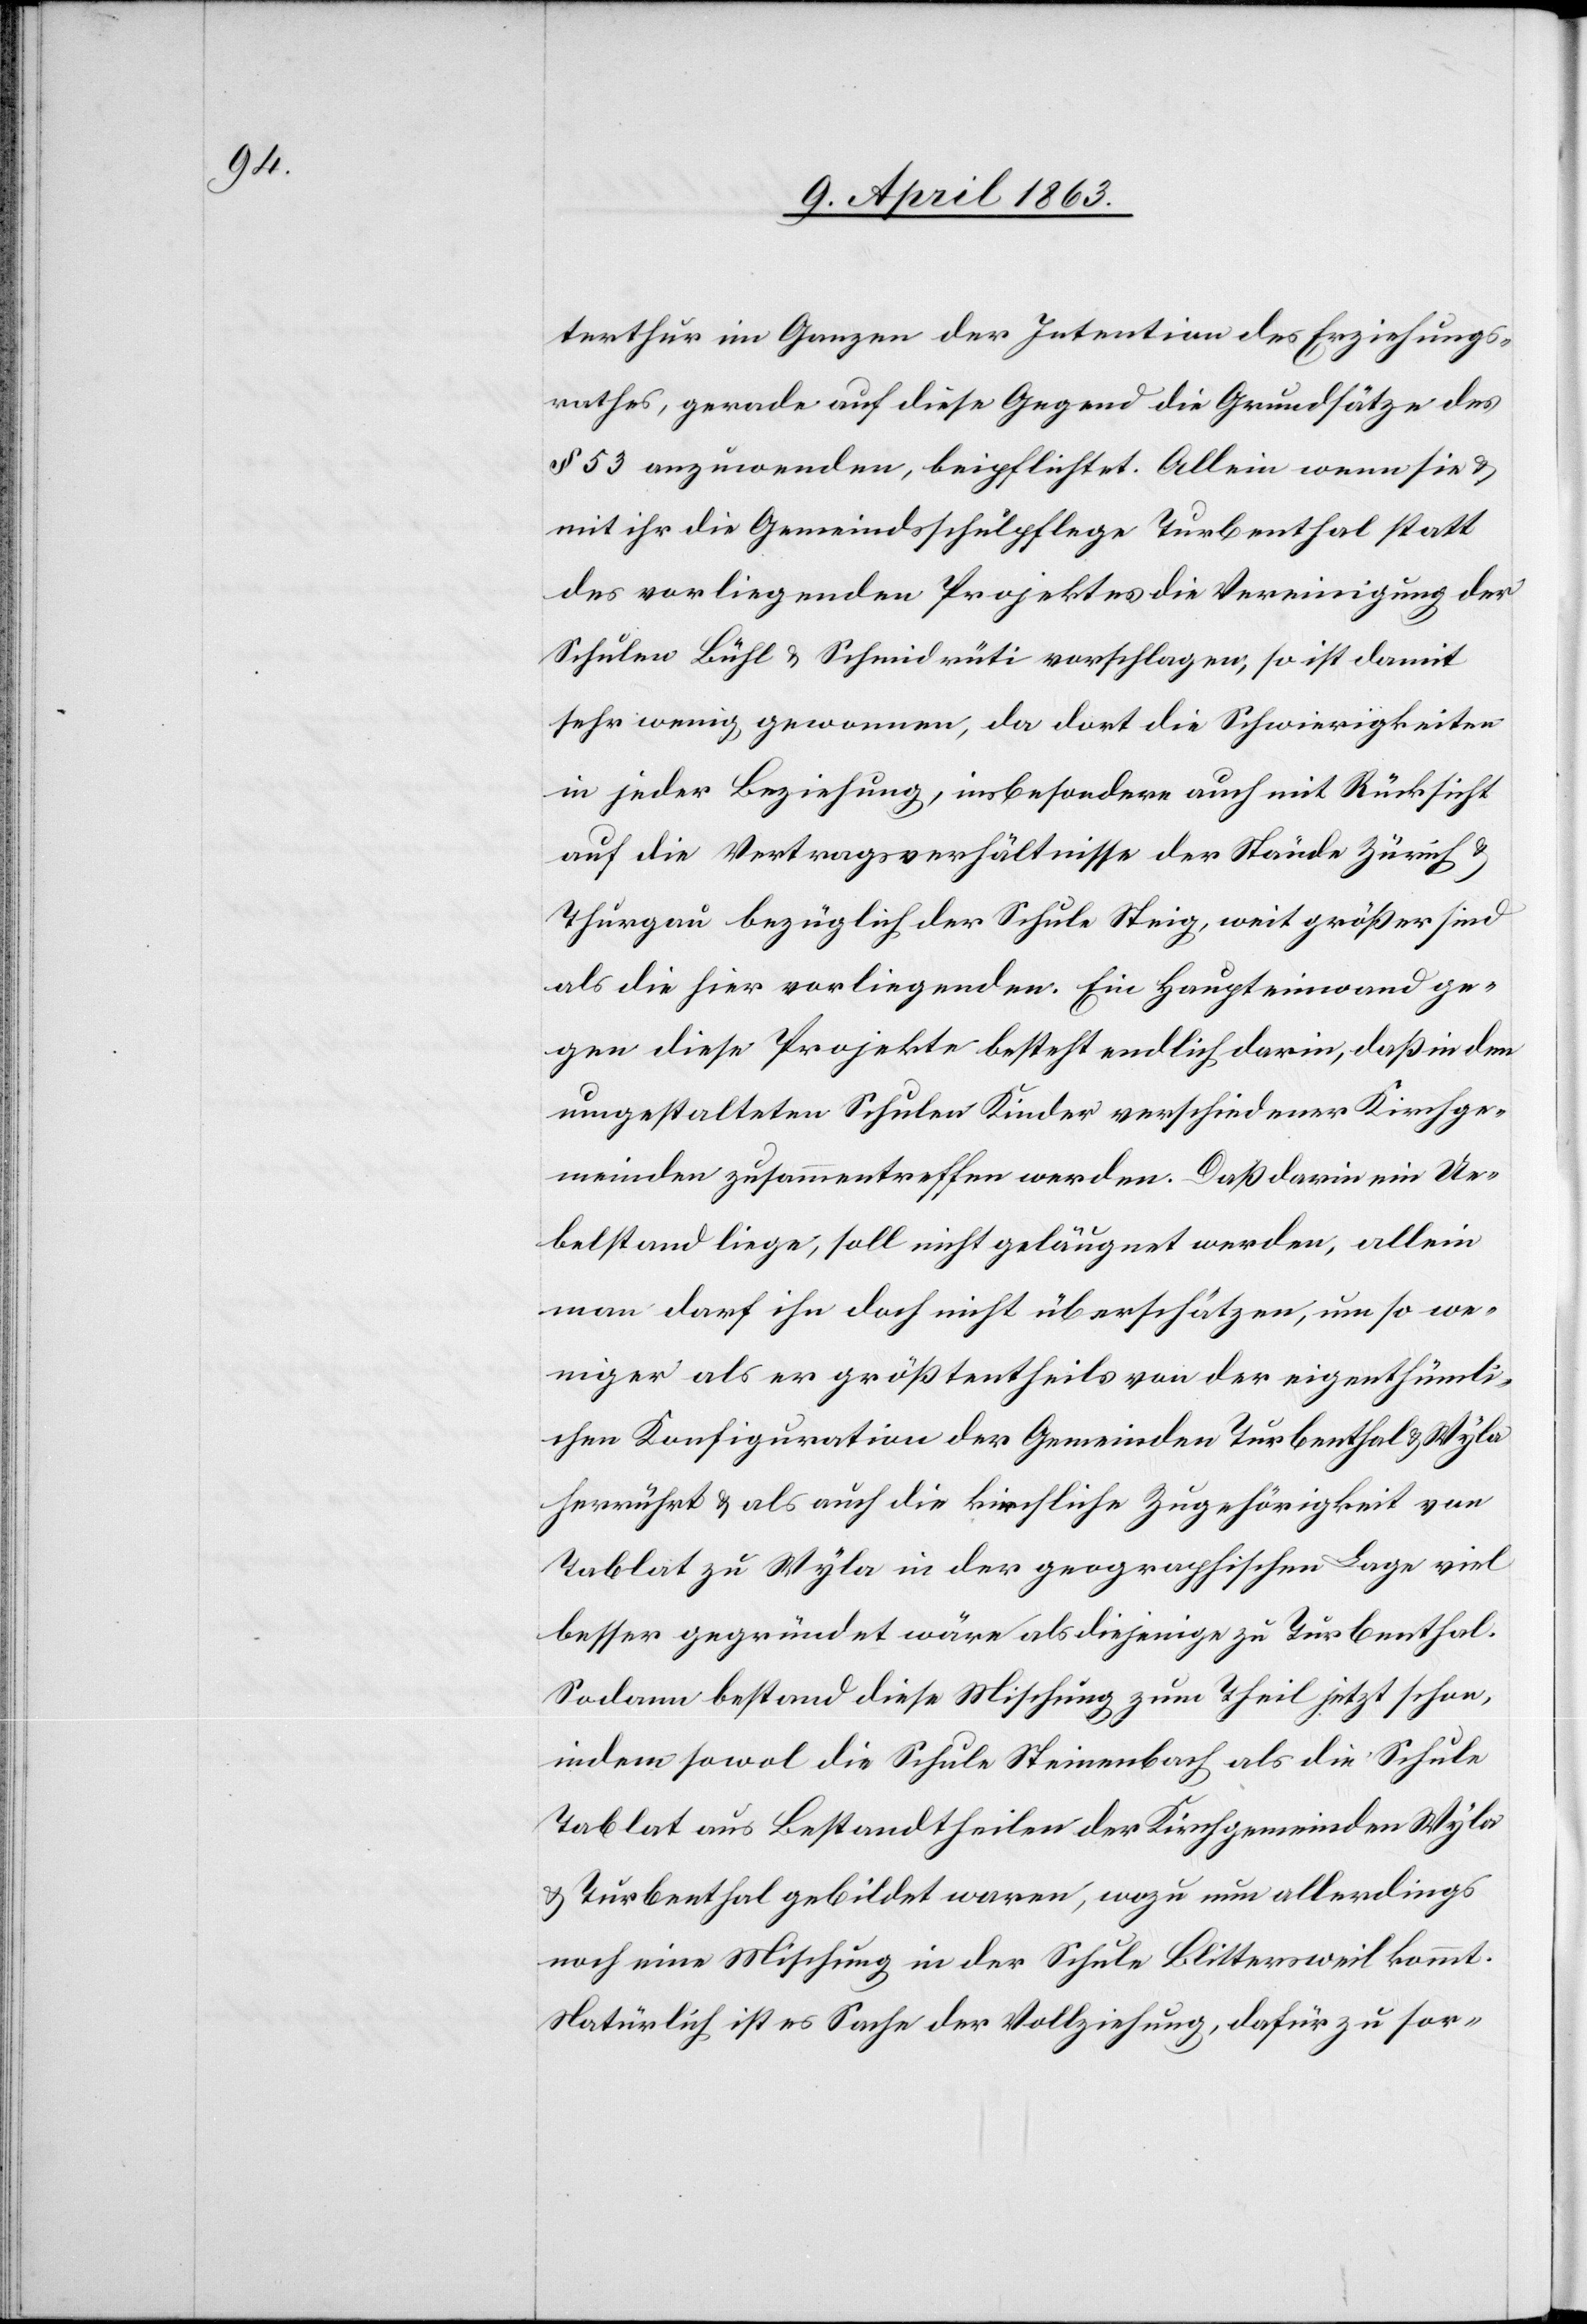
terthur im Ganzen der Intention des Erziehungs¬
rathes, gerade auf diese Gegend die Grundsätze des
§ 53 anzuordnen, beipflichtet. Allein wenn sie &
mit ihr die Gemeindsschulpflege Turbenthal statt
des vorliegenden Projektes die Vereinigung der
Schulen Bühl & Schmidrüti vorschlagen, so ist damit
sehr wenig gewonnen, da dort die Schwierigkeiten
in jeder Beziehung, insbesondere auch mit Rücksicht
auf die Vertragsverhältnisse der Stände Zürich &
Thurgau bezüglich der Schule Steig, weit größer sind
als die hier vorliegenden. Ein Haupteinwand ge¬
gen diese Projekte besteht endlich darin, daß in den
umgestalteten Schulen Kinder verschiedener Kirchge¬
meinden zusammentreffen werden. Daß darin ein Ue¬
belstand liege, soll nicht geläugnet werden, allein
man darf ihn doch nicht überschätzen, um so we¬
niger als er größtentheils von der eigenthümli¬
chen Konfiguration der Gemeinden Turbenthal & Wyla
herrührt & als auch die kirchliche Zugehörigkeit von
Tablat zu Wyla in der geographischen Lage viel
besser gegründet wäre als diejenige zu Turbenthal.
Sodann bestand diese Mischung zum Theil jetzt schon,
indem sowol die Schule Steinenbach als die Schule
Tablat aus Bestandtheilen der Kirchgemeinden Wyla
& Turbenthal gebildet waren, wozu um allerdings
noch eine Mischung in der Schule Blittersweil kommt.
Natürlich ist es Sache der Vollziehung, dafür zu sor-